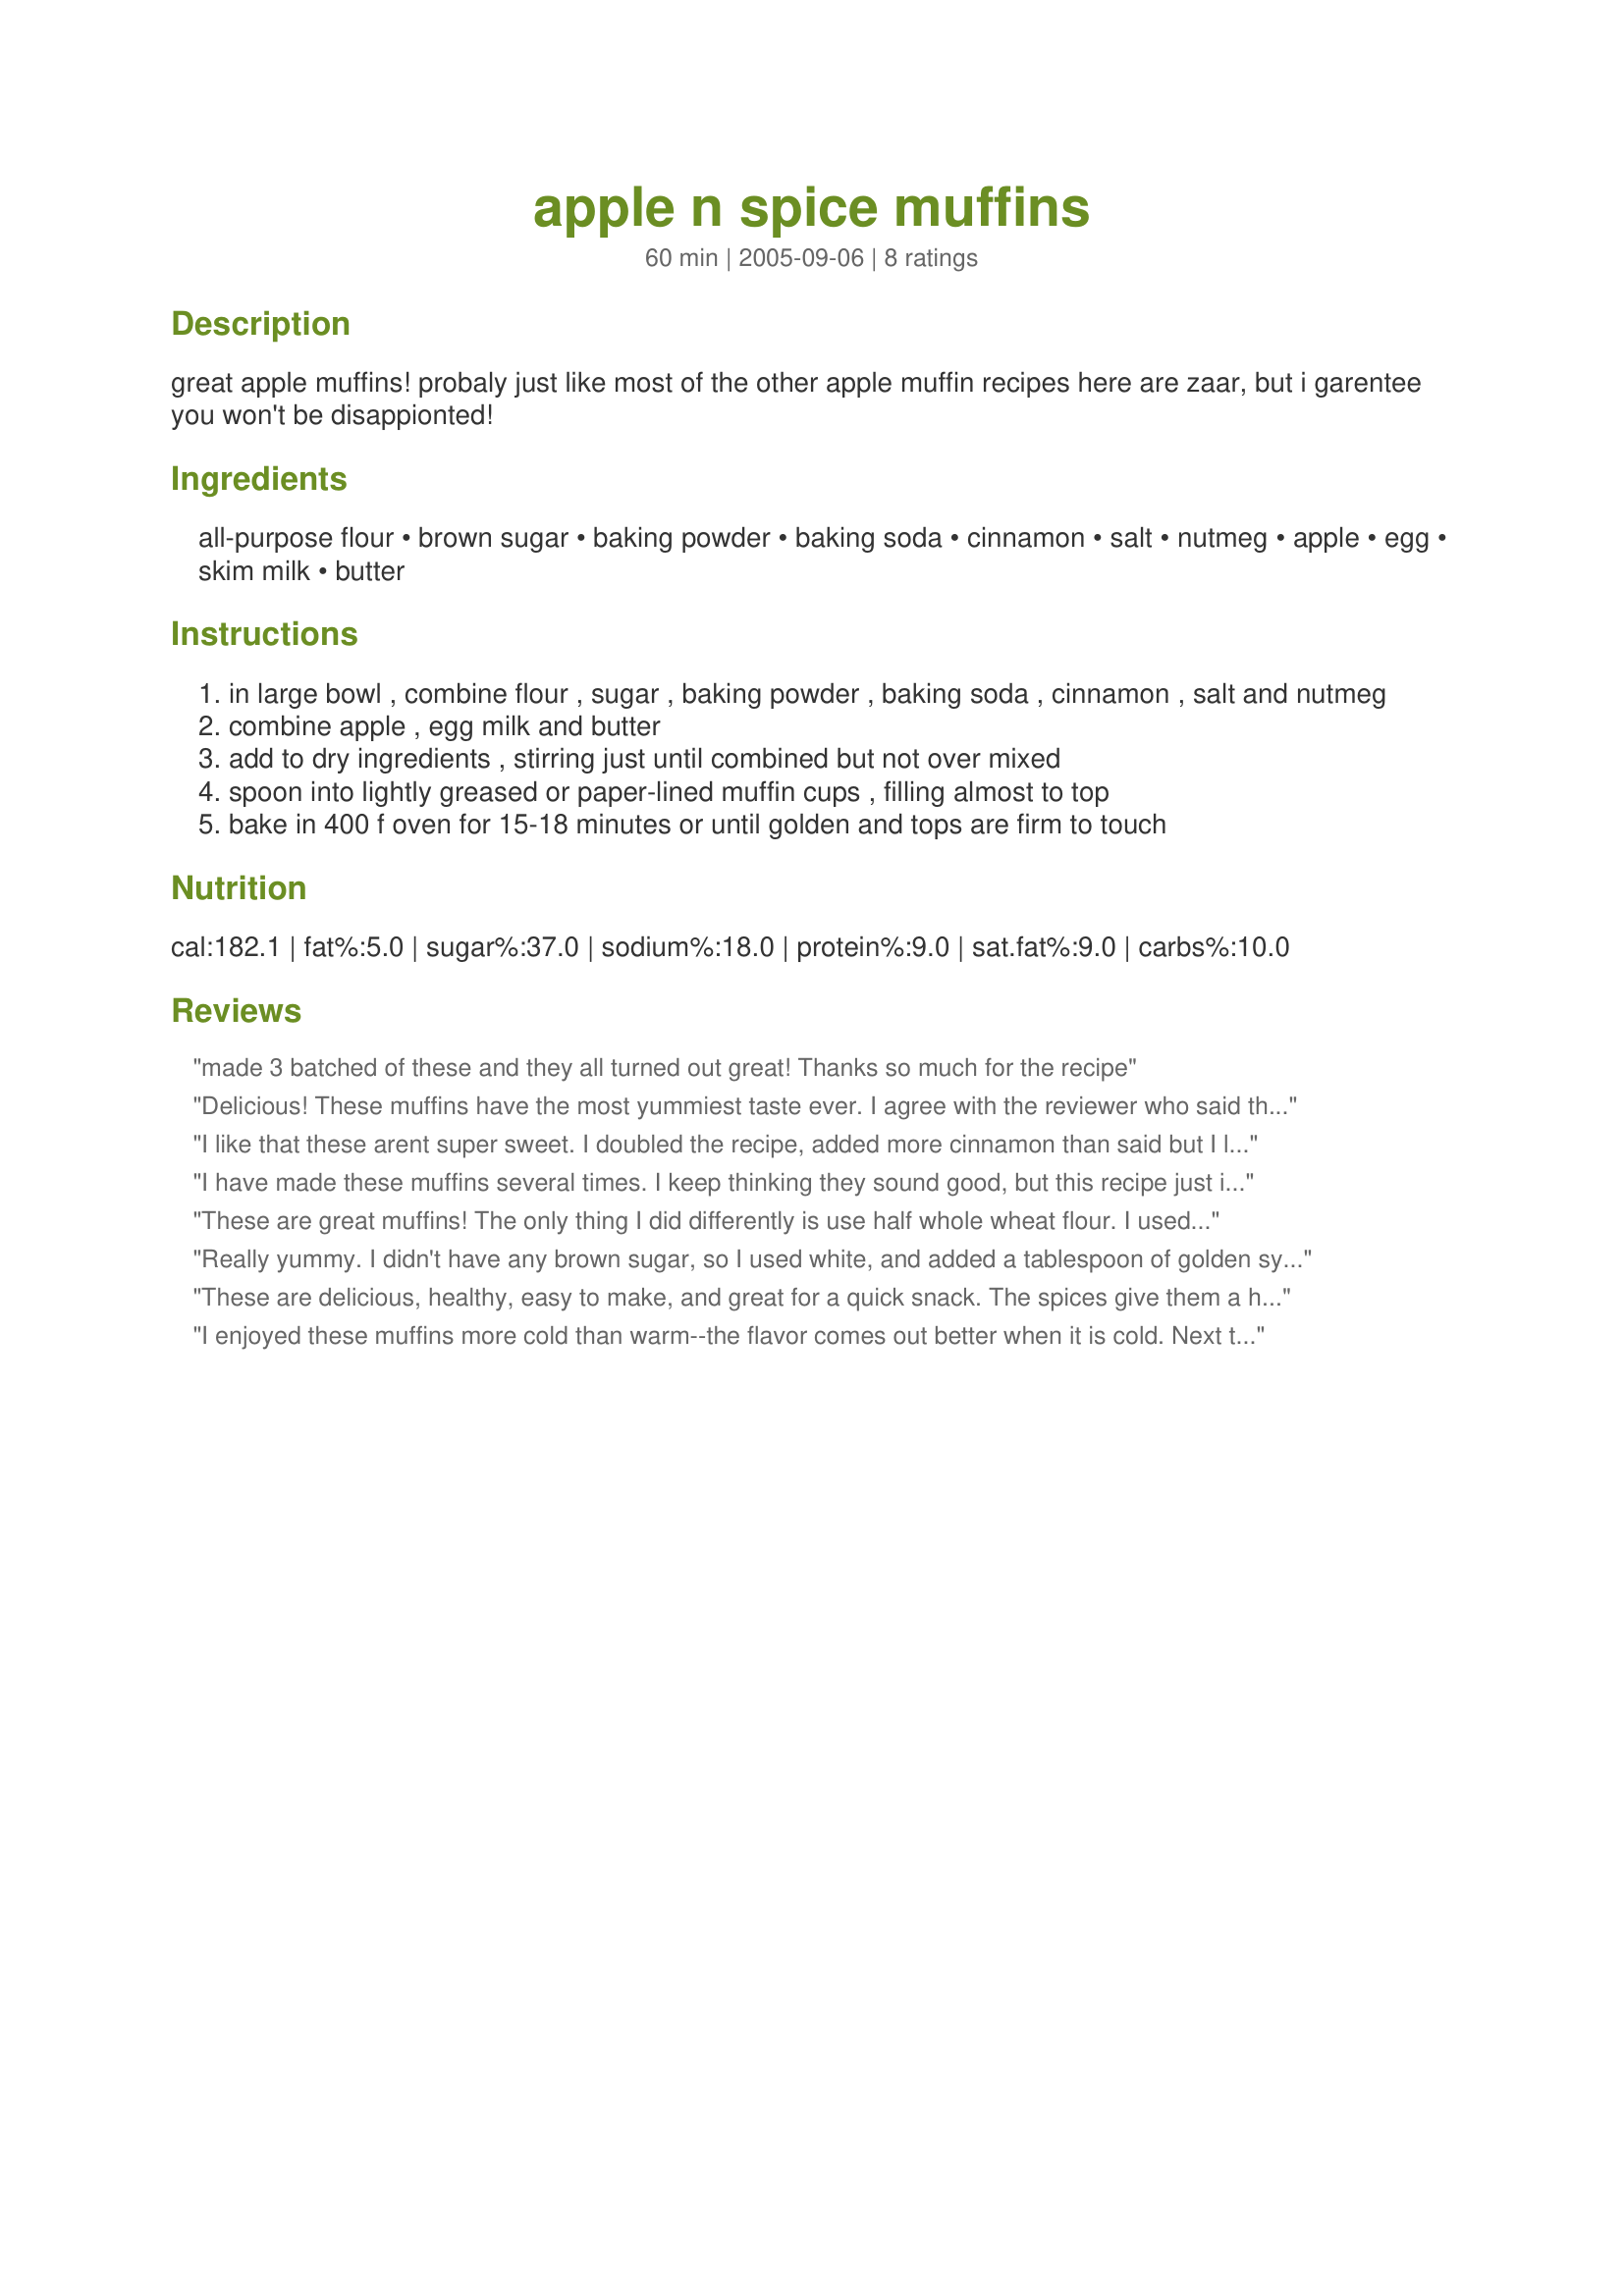
apple n spice muffins
Preparation time: 60 minutes

great apple muffins! probaly just like most of the other apple muffin recipes here are zaar, but i garentee you won't be disappionted!

Ingredients:
all-purpose flour, brown sugar, baking powder, baking soda, cinnamon, salt, nutmeg, apple, egg, skim milk, butter

Steps:
in large bowl , combine flour , sugar , baking powder , baking soda , cinnamon , salt and nutmeg
combine apple , egg milk and butter
add to dry ingredients , stirring just until combined but not over mixed
spoon into lightly greased or paper-lined muffin cups , filling almost to top
bake in 400 f oven for 15-18 minutes or until golden and tops are firm to touch

Reviews:
made 3 batched of these and they all turned out great! Thanks so much for the recipe
Delicious! These muffins have the most yummiest taste ever. I agree with the reviewer who said they tasted very 'homey' and the amount of spice was perfect. I used wholemeal flour, because I had ran out of normal flour, but I think it just enhanced the flavor, if anything. I also love the fact that they are healthy and have so little butter! So, definitely a good healthy choice for the family. I absolutely hate buying processed baking and these muffins were astounding! I made 12 muffins, and will definitely be making again! Thanks for the recipe!
I like that these arent super sweet. I doubled the recipe, added more cinnamon than said but I like that cinnamon flavor to be strong. Then I added a bit of cinnamon sugar to the top to sparkle them up. They are great for the kids school lunches
I have made these muffins several times. I keep thinking they sound good, but this recipe just isn&#039;t quite right. It tastes too much like baking soda.
These are great muffins! The only thing I did differently is use half whole wheat flour. I used about 1/8 tsp freshly grated nutmeg, but would probably go for the full 1/4 (optional) tsp next time. I used tart apples so these muffins were slightly sweet and nice and spicy - perfect. My muffin tins made 9 large muffins, which were very visually appealing, with a nice domed top. Thanks for the make-again recipe!
Really yummy. I didn't have any brown sugar, so I used white, and added a tablespoon of golden syrup when I melted the butter. I added half a teaspoon of vanilla essence. I also doubled the cinnamon, just cos I love it :-) Very yummy, and smelt great cooking.
These are delicious, healthy, easy to make, and great for a quick snack. The spices give them a hearty, homey flavor, and I just loved them!
I enjoyed these muffins more cold than warm--the flavor comes out better when it is cold. Next time, I would like to have more apple and spice flavor so I would up the apples to 1 1/2 cups and increase the cinnamon and nutmeg. By the way, the apples are easier to peel before you slice them :) They came out looking exactly like the photo LUv 2 BaKE posted -- I made 10 standard muffins - 1/4 cup per muffin.
